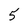
Character: 5